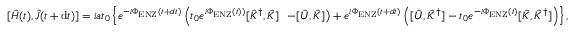
[ \hat { H } ( t ) , \hat { J } ( t + \mathrm { d } t ) ] = i a t _ { 0 } \left\{ e ^ { - i \Phi _ { \mathrm { E N Z } } ( t + d t ) } \left( t _ { 0 } e ^ { i \Phi _ { \mathrm { E N Z } } ( t ) ) } [ \hat { K } ^ { \dag } , \hat { K } ] \right. \right. \left. \left. - [ \hat { U } , \hat { K } ] \right) + e ^ { i \Phi _ { \mathrm { E N Z } } ( t + d t ) } \left( [ \hat { U } , \hat { K } ^ { \dag } ] - t _ { 0 } e ^ { - i \Phi _ { \mathrm { E N Z } } ( t ) } [ \hat { K } , \hat { K } ^ { \dag } ] \right) \right\} ,